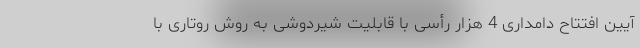
آیین افتتاح دامداری 4 هزار رأسی با قابلیت شیردوشی به روش روتاری با